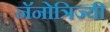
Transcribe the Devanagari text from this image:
नॅनोत्रिज्यी